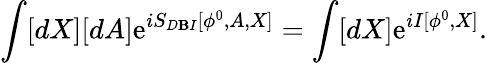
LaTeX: \int[dX][dA]\mathrm{e}^{iS_{D\mathbf{B}I}[\phi^{0},A,X]}=\int[dX]\mathrm{e}^{iI[\phi^{0},X]}.